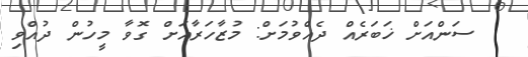
ސަންއަށް ޚަބަރެއް ދެއްވުމަށް: މުޒާހަރާއަށް ގޮވާ މީހުން ދުއްވި